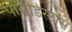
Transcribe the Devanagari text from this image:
पारोडिस्टास